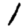
Digit: 1